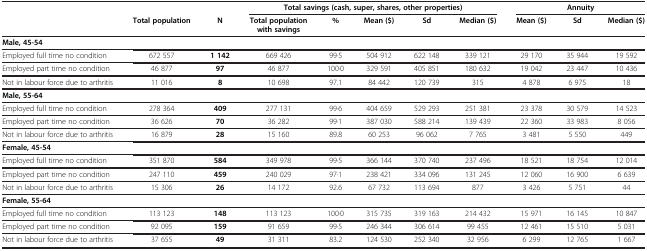
<table><thead><tr><td><b> </b></td><td><b> </b></td><td><b> </b></td><td colspan="5"><b>Total savings (cash, super, shares, other properties)</b></td><td colspan="3"><b>Annuity</b></td></tr></thead><tbody><tr><td> </td><td><b>Total population</b></td><td><b>N</b></td><td><b>Total population with savings</b></td><td><b>%</b></td><td><b>Mean ($)</b></td><td><b>Sd</b></td><td><b>Median ($)</b></td><td><b>Mean ($)</b></td><td><b>Sd</b></td><td><b>Median ($)</b></td></tr><tr><td><b>Male, 45-54</b></td><td> </td><td> </td><td> </td><td> </td><td> </td><td> </td><td> </td><td> </td><td> </td><td> </td></tr><tr><td>Employed full time no condition</td><td>672 557</td><td><b>1 142</b></td><td>669 426</td><td>99·5</td><td>504 912</td><td>622 148</td><td>339 121</td><td>29 170</td><td>35 944</td><td>19 592</td></tr><tr><td>Employed part time no condition</td><td>46 877</td><td><b>97</b></td><td>46 877</td><td>100·0</td><td>329 591</td><td>405 851</td><td>180 632</td><td>19 042</td><td>23 447</td><td>10 436</td></tr><tr><td>Not in labour force due to arthritis</td><td>11 016</td><td><b>8</b></td><td>10 698</td><td>97.1</td><td>84 442</td><td>120 739</td><td>315</td><td>4 878</td><td>6 975</td><td>18</td></tr><tr><td><b>Male, 55-64</b></td><td> </td><td> </td><td> </td><td> </td><td> </td><td> </td><td> </td><td> </td><td> </td><td> </td></tr><tr><td>Employed full time no condition</td><td>278 364</td><td><b>409</b></td><td>277 131</td><td>99·6</td><td>404 659</td><td>529 293</td><td>251 381</td><td>23 378</td><td>30 579</td><td>14 523</td></tr><tr><td>Employed part time no condition</td><td>36 626</td><td><b>70</b></td><td>36 282</td><td>99·1</td><td>387 030</td><td>588 214</td><td>139 439</td><td>22 360</td><td>33 983</td><td>8 056</td></tr><tr><td>Not in labour force due to arthritis</td><td>16 879</td><td><b>28</b></td><td>15 160</td><td>89.8</td><td>60 253</td><td>96 062</td><td>7 765</td><td>3 481</td><td>5 550</td><td>449</td></tr><tr><td><b>Female, 45-54</b></td><td> </td><td> </td><td> </td><td> </td><td> </td><td> </td><td> </td><td> </td><td> </td><td> </td></tr><tr><td>Employed full time no condition</td><td>351 870</td><td><b>584</b></td><td>349 978</td><td>99·5</td><td>366 144</td><td>370 740</td><td>237 496</td><td>18 521</td><td>18 754</td><td>12 014</td></tr><tr><td>Employed part time no condition</td><td>247 110</td><td><b>459</b></td><td>240 029</td><td>97·1</td><td>238 421</td><td>334 096</td><td>131 245</td><td>12 060</td><td>16 900</td><td>6 639</td></tr><tr><td>Not in labour force due to arthritis</td><td>15 306</td><td><b>26</b></td><td>14 172</td><td>92.6</td><td>67 732</td><td>113 694</td><td>877</td><td>3 426</td><td>5 751</td><td>44</td></tr><tr><td><b>Female, 55-64</b></td><td> </td><td> </td><td> </td><td> </td><td> </td><td> </td><td> </td><td> </td><td> </td><td> </td></tr><tr><td>Employed full time no condition</td><td>113 123</td><td><b>148</b></td><td>113 123</td><td>100·0</td><td>315 735</td><td>319 163</td><td>214 432</td><td>15 971</td><td>16 145</td><td>10 847</td></tr><tr><td>Employed part time no condition</td><td>92 095</td><td><b>159</b></td><td>91 659</td><td>99·5</td><td>246 344</td><td>306 614</td><td>99 455</td><td>12 461</td><td>15 510</td><td>5 031</td></tr><tr><td>Not in labour force due to arthritis</td><td>37 655</td><td><b>49</b></td><td>31 311</td><td>83.2</td><td>124 530</td><td>252 340</td><td>32 956</td><td>6 299</td><td>12 765</td><td>1 667</td></tr></tbody></table>